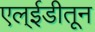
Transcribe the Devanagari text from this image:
एल्ईडीतून